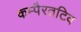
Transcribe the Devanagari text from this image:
कम्पैरतटिव